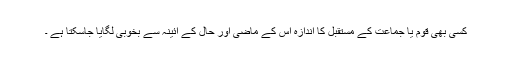
کسی بھی قوم یا جماعت کے مستقبل کا اندازہ اس کے ماضی اور حال کے آئینہ سے بخوبی لگایا جاسکتا ہے ۔